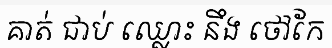
គាត់ ជាប់ ឈ្លោះ នឹង ថៅកែ